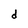
Character: d